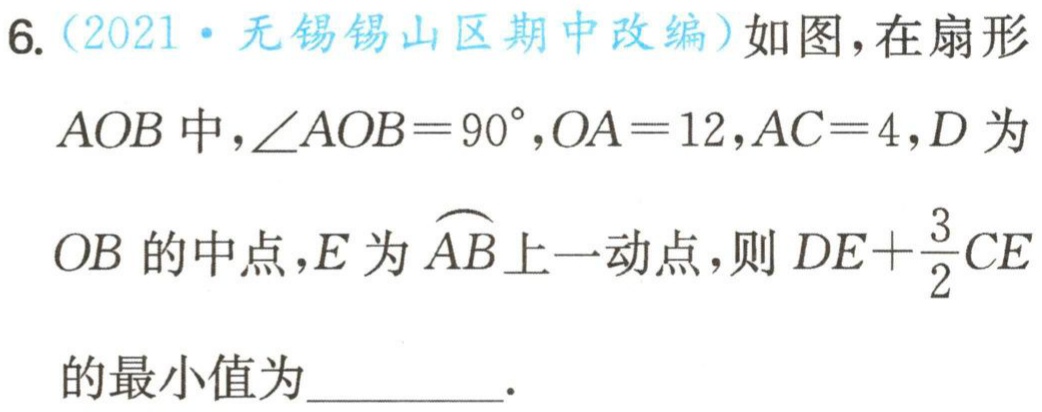
6.（2021·无锡锡山区期中改编）如图，在扇形$AOB$中，$\angle AOB = 90^{\circ},OA = 12,AC = 4,D$为$OB$的中点，$E$为$\overset{\frown}{AB}$上一动点，则$DE+\frac{3}{2}CE$的最小值为________.